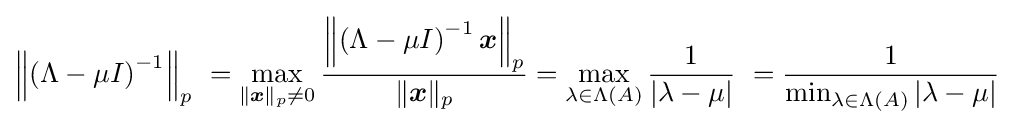
\left\|\left(\Lambda -\mu I\right)^{-1}\right\|_{p}\ =\max _{\|{\boldsymbol {x}}\|_{p}\neq 0}{\frac {\left\|\left(\Lambda -\mu I\right)^{-1}{\boldsymbol {x}}\right\|_{p}}{\|{\boldsymbol {x}}\|_{p}}}=\max _{\lambda \in \Lambda (A)}{\frac {1}{|\lambda -\mu |}}\ ={\frac {1}{\min _{\lambda \in \Lambda (A)}|\lambda -\mu |}}